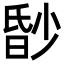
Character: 𬁀